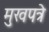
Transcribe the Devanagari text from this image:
मुखपत्रे